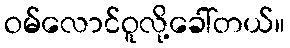
ဝမ်လောင်ဝူလို့ခေါ်တယ်။